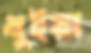
ধুইয়া